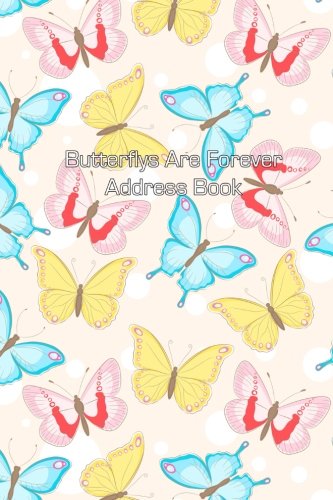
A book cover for Butterflys Are Forever Address Book (Address Books) (Volume 10); Jot Spot Stationary; Business & Money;